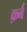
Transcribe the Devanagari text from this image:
क़र्ब